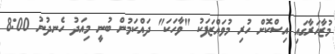
މުޒާހަރާގައި އިސްކޮށް ހުރި މުވައްޒަފަކު "ވާހަކަ" ދައްކަމުން ބުނީ މިއަދު ހެނދުނު 8:00